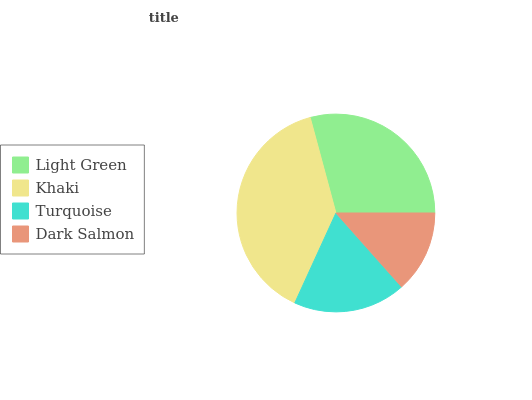
| Light Green | Khaki | Turquoise | Dark Salmon |
 | --- | --- | --- | --- |
 | 29.1% | 39% | 18.5% | 13.4% |